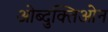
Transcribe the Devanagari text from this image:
ओब्दुक्तिओन